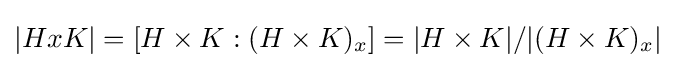
|HxK|=[H\times K:(H\times K)_{x}]=|H\times K|/|(H\times K)_{x}|